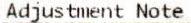
ADJUSTMENT NOTE